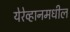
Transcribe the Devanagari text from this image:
येरेव्हानमधील